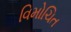
વિમોચિત